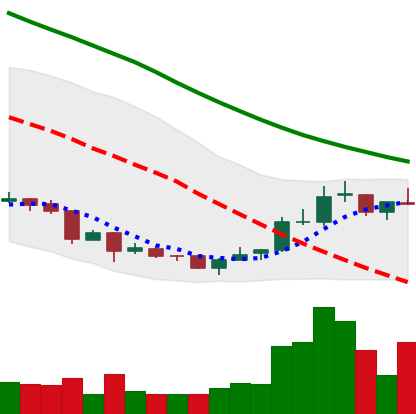
Ticker: NEO-USD
Chart end date: 2018-07-08
Forward return: -15.056%
Label: down_7plus